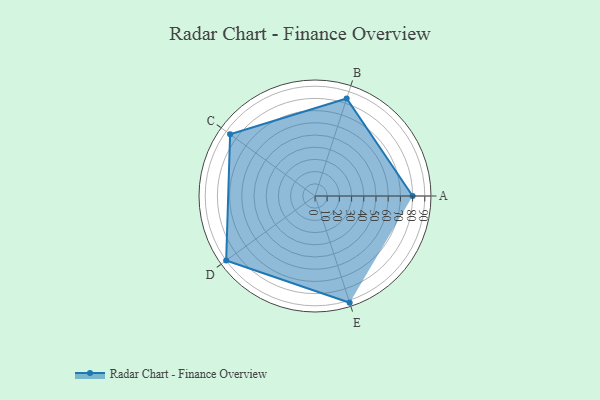
{"axis": {"x": "Skill", "y": "Score"}, "legend": ["Profile"], "data": [{"x": "A", "y": 80.0, "type": "Profile"}, {"x": "B", "y": 84.0, "type": "Profile"}, {"x": "C", "y": 86.0, "type": "Profile"}, {"x": "D", "y": 90.0, "type": "Profile"}, {"x": "E", "y": 92.0, "type": "Profile"}]}